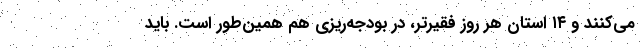
می‌کنند و ۱۴ استان هر روز فقیرتر، در بودجه‌ریزی هم همین‌طور است. باید